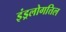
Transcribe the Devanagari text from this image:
इंड्रलोगत्तिल